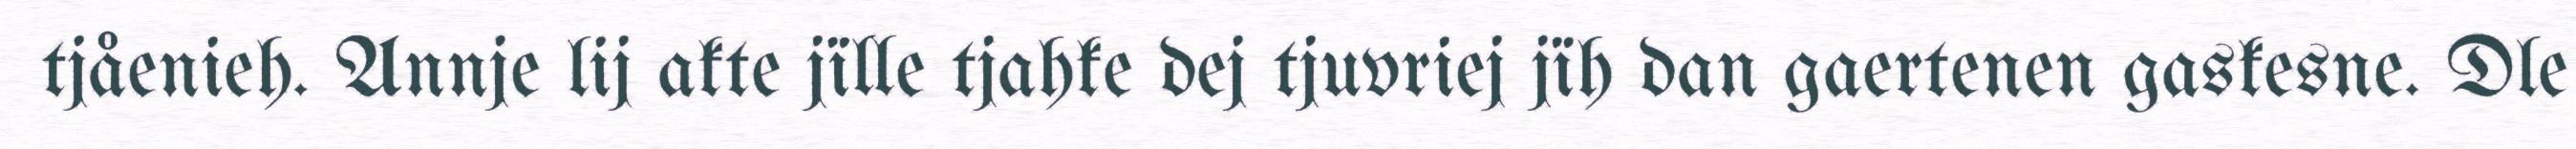
tjåenieh. Annje lij akte jïlle tjahke dej tjuvriej jïh dan gaertenen gaskesne. Dle